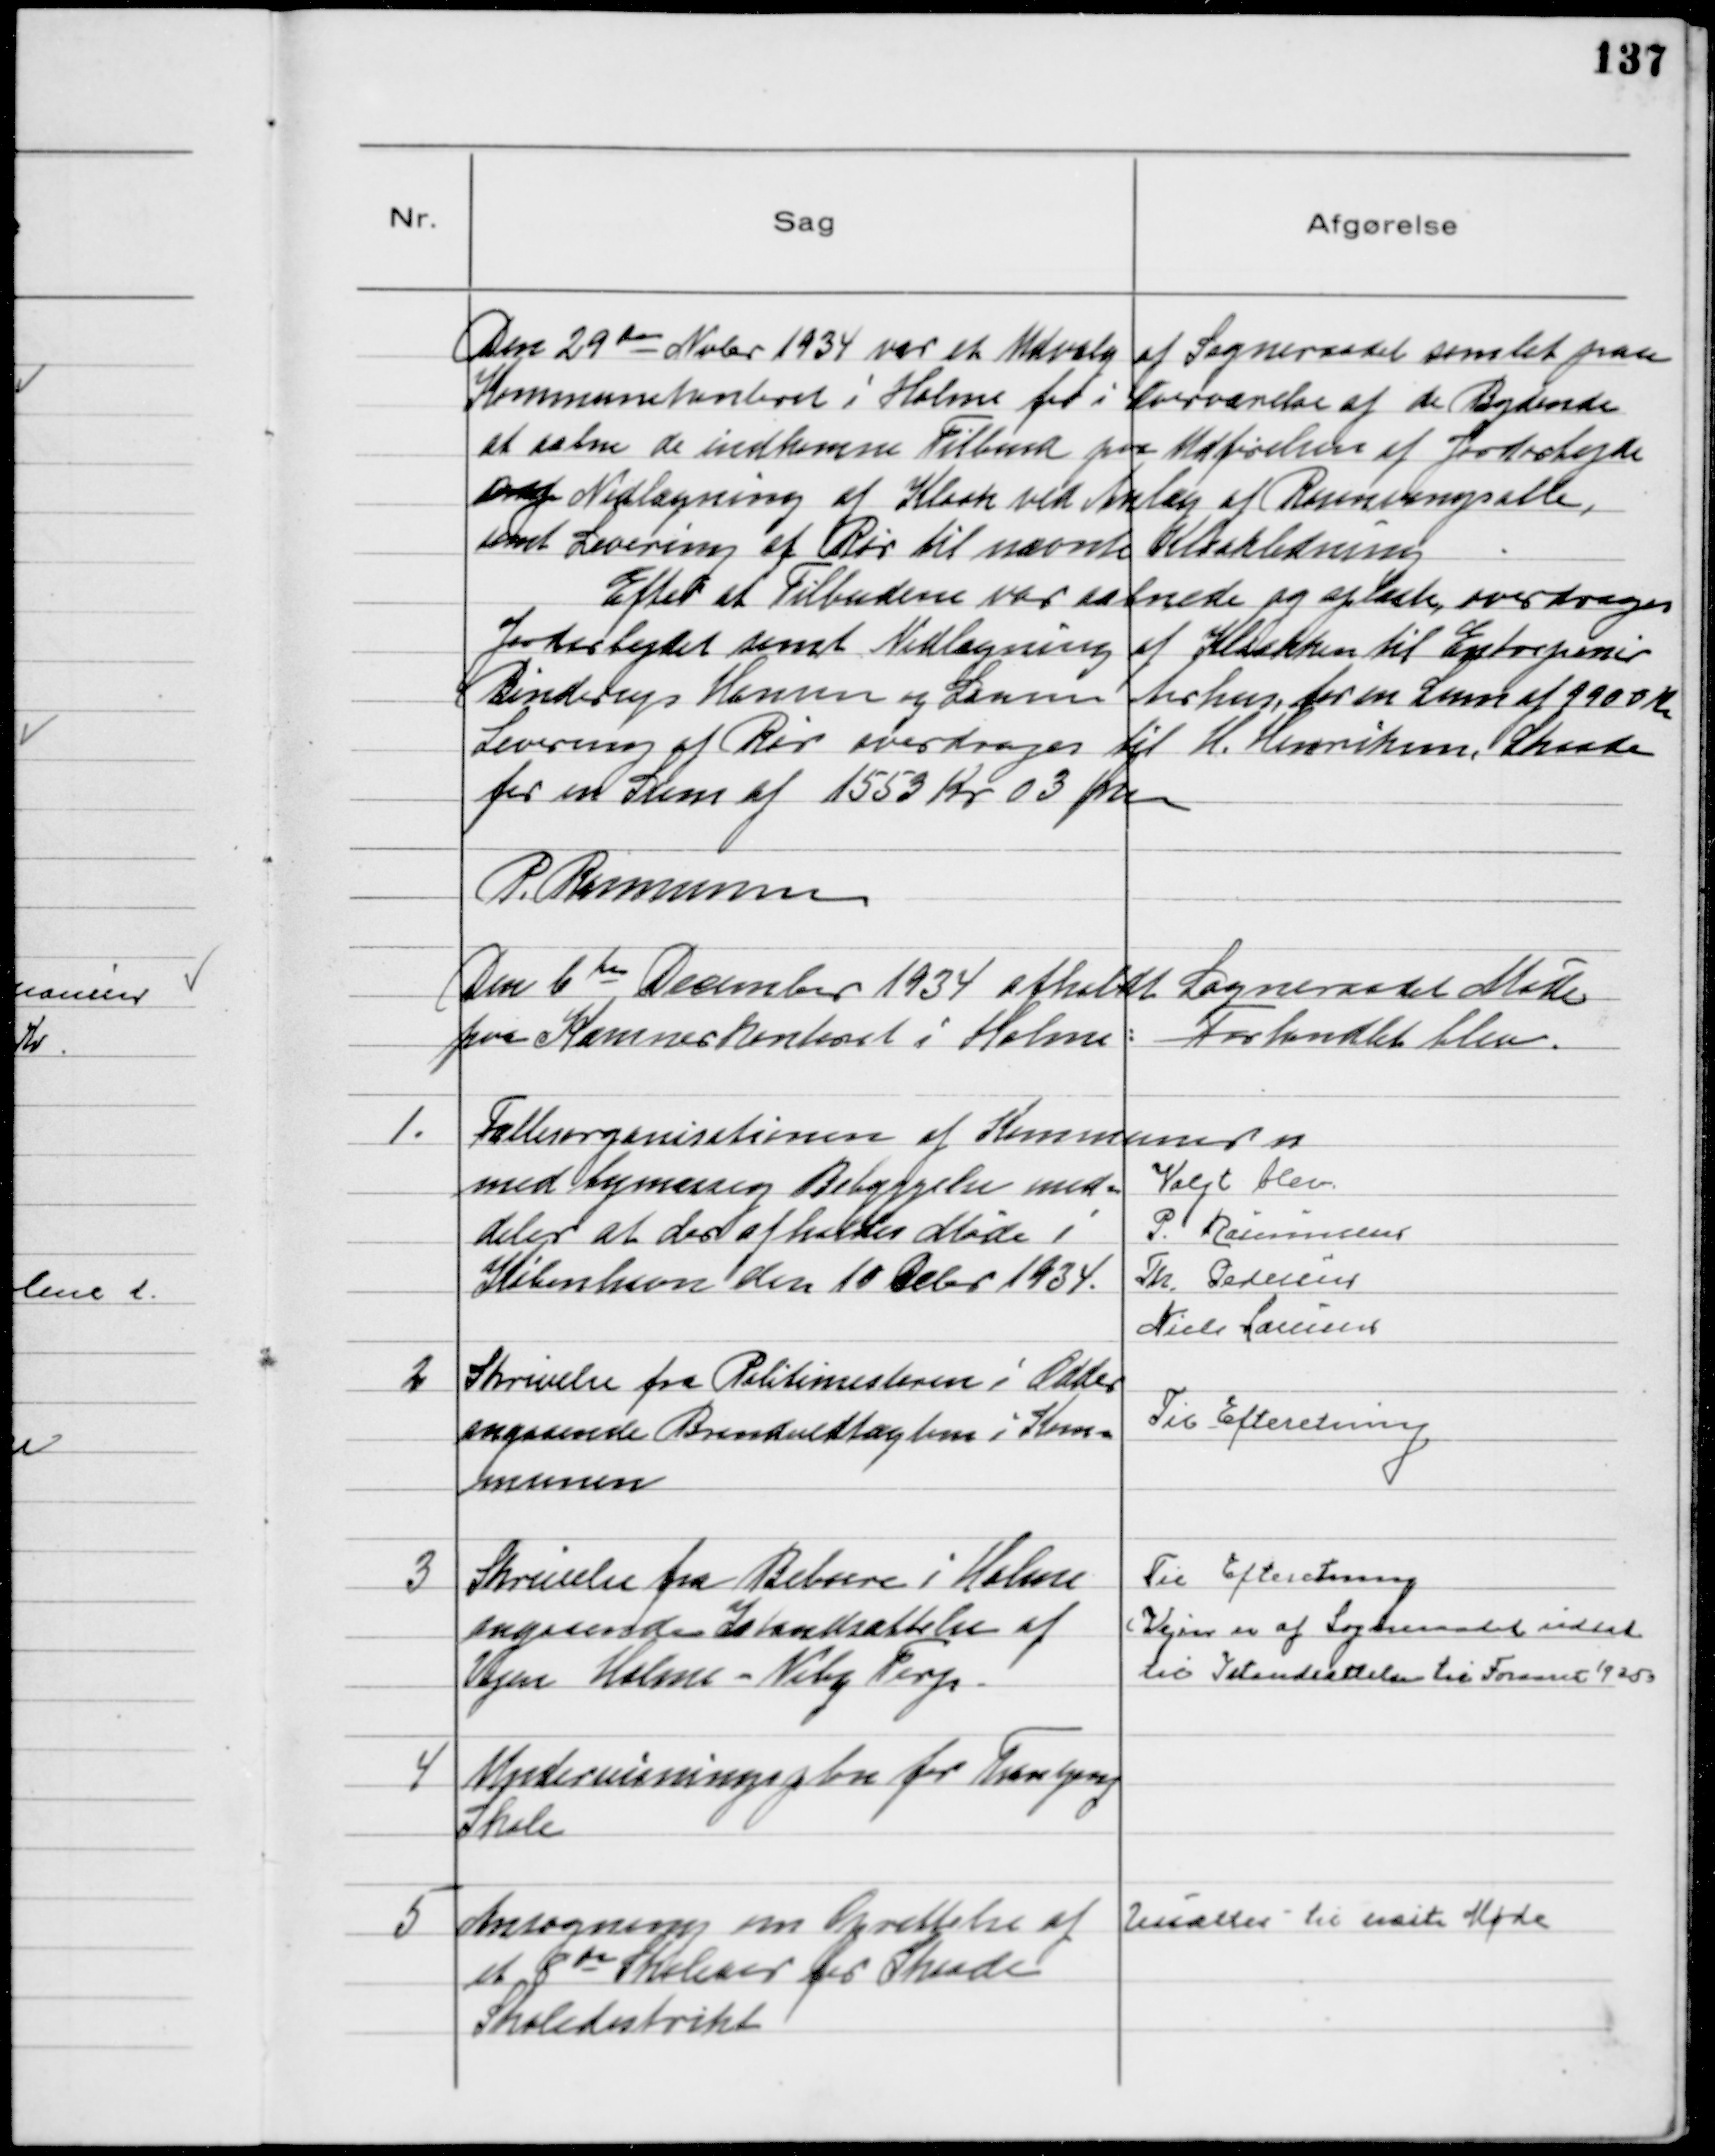
Transskription:
Den 29 de Nvbr 1934 var et Udvalg af Sogneraadet samlet paa
Kommunekontoret i Holme for i Nærværelse af de Bydende
at aabne de indkomne Tilbud paa Udførelsen af Jordarbejde
og Nedlægning af Kloak ved Anlæg af Rosenvangsalle,
samt Levering af Rør til nævnte Kloakledning
Efter at Tilbudene var aabnede og oplæste, overdroges
Jordarbejdet samt Nedlægning af Kloakken til Entrepenør
Binderup Hansen og Sønner Aarhus, for en Sum af 9900 Kr
Levering af Rør overdrages til H. Henriksen, Skaade
for en Sum af 1553 Kr 03 Øre
P. Rasmussen

Den 6 te December 1934  afholdt Sogneraadet Møde
paa Kommunekontoret i Holme: Forhandlet blev.

1.
Fællesorganisationen af Kommuner n 
med bymæssig Bebyggelse med=
deler at der afholdes Møde i
København den 10 Debr 1934.
Valgt blev
P. Rasmussen
Th. Pedersen
Niels Laursen

2
Skrivelse fra Politimesteren i Odder
angaaende Brandvedtægten i Kom=
munen

Til Efteretning

3
Skrivelse fra Beboere i Holme
angaaende Istandsættelse af
Vejen Holme - Viby Terp

Til Efteretning
(Vejen er af Sogneraadet udset
til Istandsættelse til Foraaret 1935)

4
Undervisningsplan for Tranbjerg
Skole

5
Ansøgning om Oprettelse af
et 8de Skoleaar for Skaade
Skoledistrikt

Udsattes til næste Møde